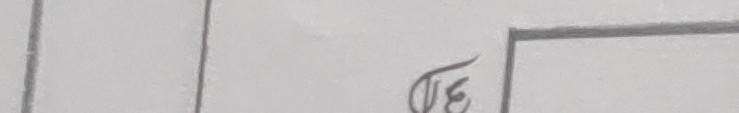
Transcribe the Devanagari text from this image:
√३०